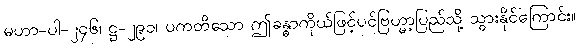
မဟာ-ပါ-၂၄၆၊ ဋ္ဌ-၂၉၁၊ ပကတိသော ဤခန္ဓာကိုယ်ဖြင့်ပင်ဗြဟ္မာ့ပြည်သို့ သွားနိုင်ကြောင်း။